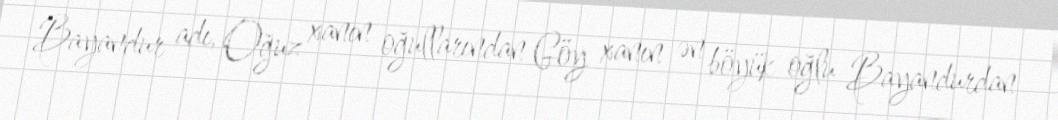
Bayandur adı, Oğuz xanın oğullarından Göy xanın ən böyük oğlu Bayandurdan